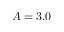
A = 3 . 0